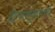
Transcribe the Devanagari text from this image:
द्वीपसमूहांमध्ये